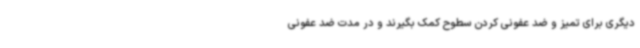
دیگری برای تمیز و ضد عفونی کردن سطوح کمک بگیرند و در مدت ضد عفونی